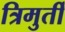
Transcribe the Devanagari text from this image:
त्रिमुर्ती